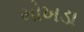
મોખડા